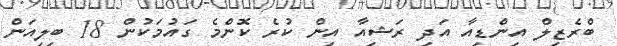
ބްރެޒިލް އިންޑިއާ އަދި ރަޝިއާ އިން ކުރެ ކޮންމެ ގައުމަކުން 18 ބިލިއަން